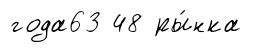
года63 48 ры́нка